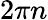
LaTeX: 2\pi n